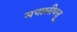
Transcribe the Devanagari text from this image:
मपालीपत्तू